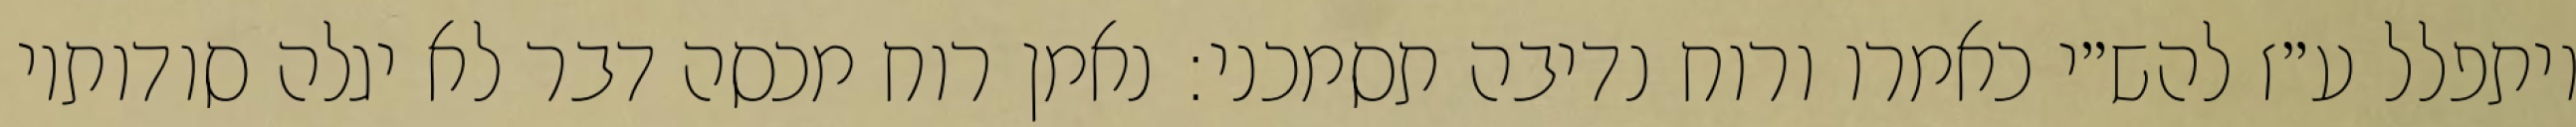
ויתפלל ע״ז להש״י כאמרו ורוח נדיבה תסמכני: נאמן רוח מכסה דבר לא יגלה סודותיו